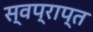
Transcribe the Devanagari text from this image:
स्वप्राप्त